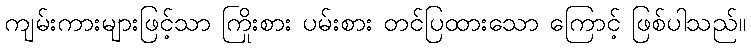
ကျမ်းကားများဖြင့်သာ ကြိုးစား ပမ်းစား တင်ပြထားသော ကြောင့် ဖြစ်ပါသည်။